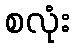
စလုံး